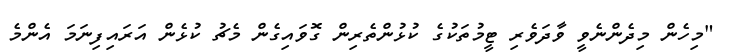
"މިހެން މިދެންނެވީ ވާދަވެރި ޓީމުތަކުގެ ކުޅުންތެރިން ގޮވައިގެން މެޗު ކުޅެން އަރައިފިނަމަ އެންމެ